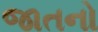
જાતનો